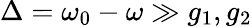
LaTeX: \Delta=\omega_{0}-\omega\gg g_{1},g_{2}